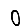
Digit: 0